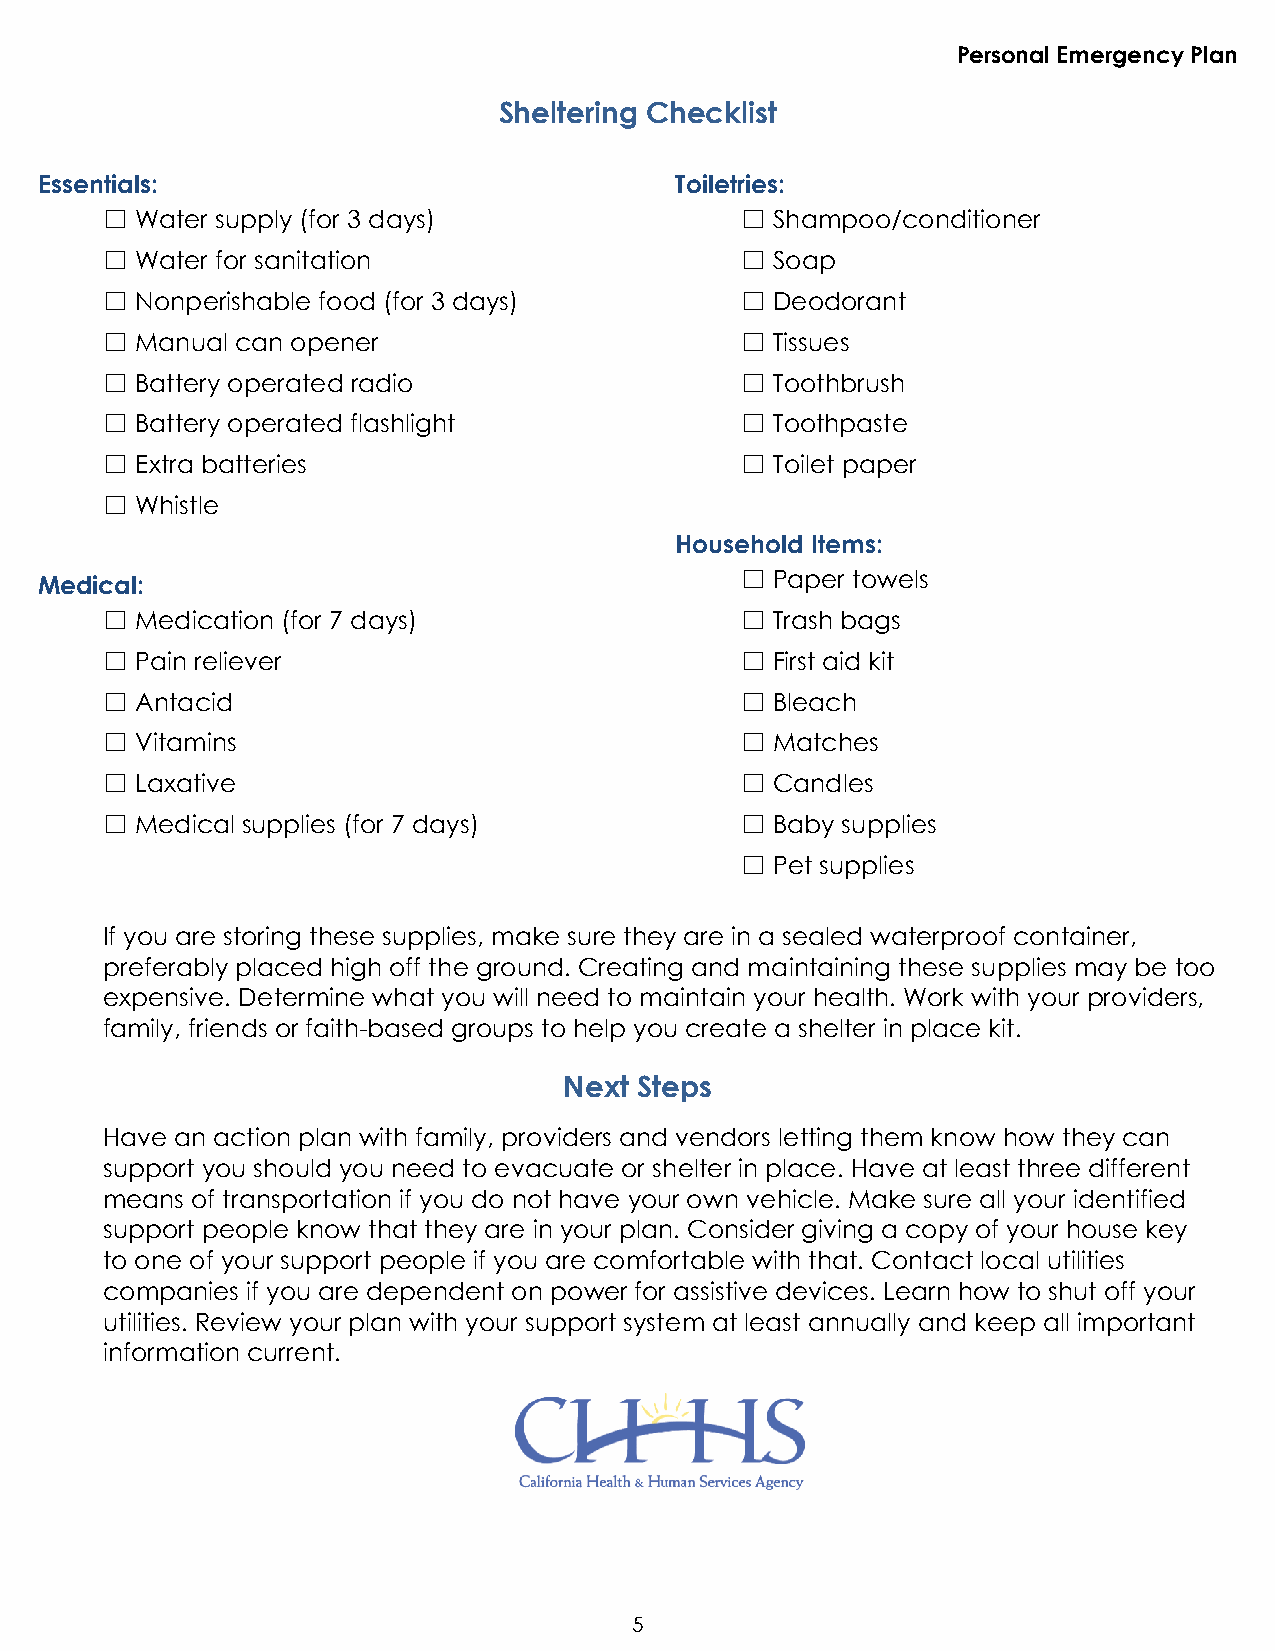
Personal Emergency Plan
 Sheltering Checklist
 Essentials:                                Toiletries:
 ☐ Water supply (for 3 days)               ☐ Shampoo/conditioner
 ☐ Water for sanitation                    ☐ Soap
 ☐ Nonperishable food (for 3 days)         ☐ Deodorant
 ☐ Manual can opener                       ☐ Tissues
 ☐ Battery operated radio                  ☐ Toothbrush
 ☐ Battery operated flashlight             ☐ Toothpaste
 ☐ Extra batteries                         ☐ Toilet paper
 ☐ Whistle
 Household Items:
 Medical:                                       ☐ Paper towels
 ☐ Medication (for 7 days)                 ☐ Trash bags
 ☐ Pain reliever                           ☐ First aid kit
 ☐ Antacid                                 ☐ Bleach
 ☐ Vitamins                                ☐ Matches
 ☐ Laxative                                ☐ Candles
 ☐ Medical supplies (for 7 days)           ☐ Baby supplies
 ☐ Pet supplies
 If you are storing these supplies, make sure they are in a sealed waterproof container,
 preferably placed high off the ground. Creating and maintaining these supplies may be too
 expensive. Determine what you will need to maintain your health. Work with your providers,
 family, friends or faith-based groups to help you create a shelter in place kit.
 Next Steps
 Have an action plan with family, providers and vendors letting them know how they can
 support you should you need to evacuate or shelter in place. Have at least three different
 means of transportation if you do not have your own vehicle. Make sure all your identified
 support people know that they are in your plan. Consider giving a copy of your house key
 to one of your support people if you are comfortable with that. Contact local utilities
 companies if you are dependent on power for assistive devices. Learn how to shut off your
 utilities. Review your plan with your support system at least annually and keep all important
 information current.
 5